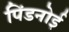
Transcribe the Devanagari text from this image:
पिंडनोई